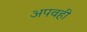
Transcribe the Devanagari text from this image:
अपवही